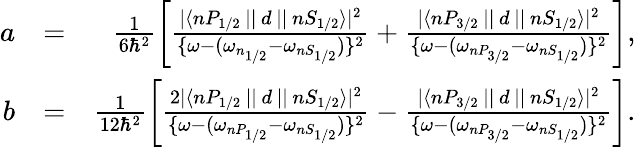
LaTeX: \begin{array}{rlr}{a}&{=}&{\frac{1}{6\hbar^{2}}\left[\frac{|\langle nP_{1/2}\, ||\, d\, ||\, nS_{1/2}\rangle|^{2}}{\{ \omega-(\omega_{n_{1/2}}-\omega_{nS_{1/2}})\} ^{2}}+\frac{|\langle nP_{3/2}\, ||\, d\, ||\, nS_{1/2}\rangle|^{2}}{\{ \omega-(\omega_{nP_{3/2}}-\omega_{nS_{1/2}})\} ^{2}}\right],}\\ {b}&{=}&{\frac{1}{12\hbar^{2}}\left[\frac{2|\langle nP_{1/2}\, ||\, d\, ||\, nS_{1/2}\rangle|^{2}}{\{ \omega-(\omega_{nP_{1/2}}-\omega_{nS_{1/2}})\} ^{2}}-\frac{|\langle nP_{3/2}\, ||\, d\, ||\, nS_{1/2}\rangle|^{2}}{\{ \omega-(\omega_{nP_{3/2}}-\omega_{nS_{1/2}})\} ^{2}}\right].}\end{array}